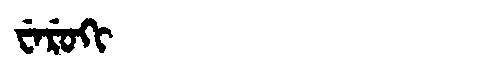
Manchu: ᠸᡝᡵᡠᡴᡳ
Romanization: WERUKI